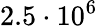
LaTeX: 2.5\cdot 10^{6}